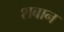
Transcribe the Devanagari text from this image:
शबान